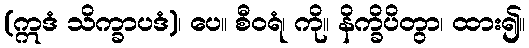
(ဣဒံ သိက္ခာပဒံ)၊ ပေ။ စီဝရံ၊ ကို။ နိက္ခိပိတွာ၊ ထား၍။